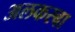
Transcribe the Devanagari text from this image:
अलकस्बा